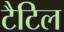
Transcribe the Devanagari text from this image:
टैटिल